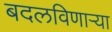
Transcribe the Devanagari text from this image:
बदलविणाऱ्या